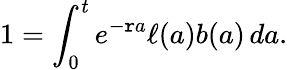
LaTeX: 1=\int_{0}^{t}e^{-\mathtt{r}a}\ell(a)b(a)\, da.